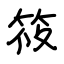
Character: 筱